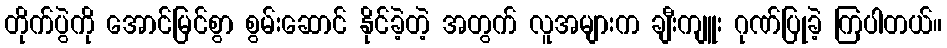
တိုက်ပွဲကို အောင်မြင်စွာ စွမ်းဆောင် နိုင်ခဲ့တဲ့ အတွက် လူအများက ချီးကျူး ဂုဏ်ပြုခဲ့ ကြပါတယ်။